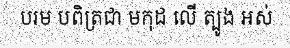
បរម បពិត្រជា មកុដ លើ ត្បូង អស់